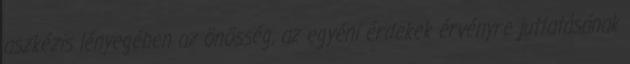
aszkézis lényegében az önösség, az egyéni érdekek érvényre juttatásának